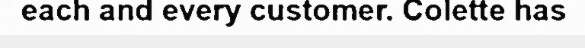
each and every customer. Colette has